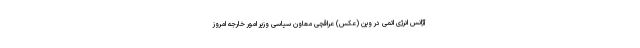
آژانس انرژی اتمی در وین (عکس) عراقچی معاون سیاسی وزیر امور خارجه امروز